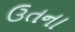
ઉતના